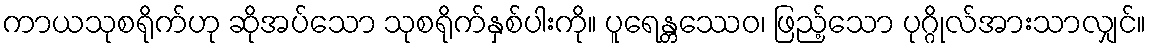
ကာယသုစရိုက်ဟု ဆိုအပ်သော သုစရိုက်နှစ်ပါးကို။ ပူရေန္တဿေဝ၊ ဖြည့်သော ပုဂ္ဂိုလ်အားသာလျှင်။